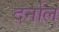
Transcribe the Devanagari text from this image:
दर्नाल